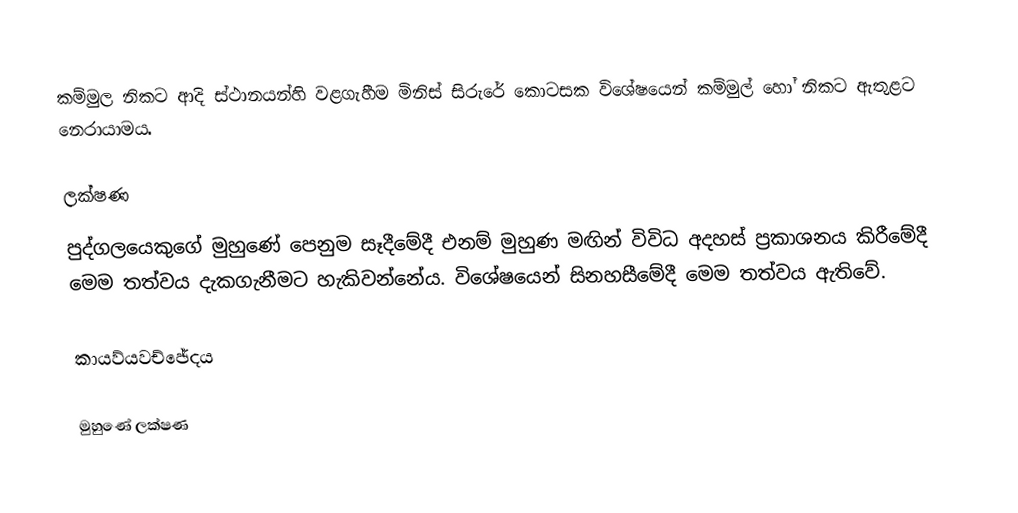
කම්මුල නිකට ආදි ස්ථානයන්හි වළගැහීම මිනිස් සිරුරේ කොටසක විශේෂයෙන් කම්මුල් හෝ නිකට ඇතුළට නෙරායාමය.

ලක්ෂණ
පුද්ගලයෙකුගේ මුහුණේ පෙනුම සෑදීමේදී එනම් මුහුණ මඟින් විවිධ අදහස් ප්‍රකාශනය කිරීමේදී මෙම තත්වය දැකගැනීමට හැකිවන්නේය. විශේෂයෙන් සිනහසීමේදී මෙම තත්වය ඇතිවේ.

කායව්යවච්ඡේදය

මුහුණේ ලක්ෂණ